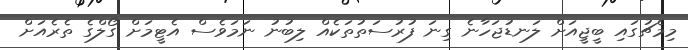
މިމެޗުގައި ބީޖީއަށް ލަނޑުޖަހާނެ ގިނަ ފުރުސަތުތަކެއް ލިބުނު ނަމަވެސް އެޓީމަށް ގޯލްގެ ތެރެއަށް